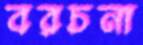
বরচনা